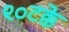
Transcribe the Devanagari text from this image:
९०टक्के